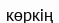
көркің